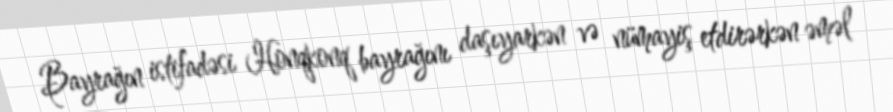
Bayrağın istifadəsi Honqkonq bayrağını daşıyarkən və nümayiş etdirərkən əməl